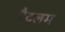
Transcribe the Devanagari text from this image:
टैटलम